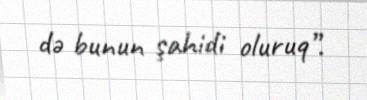
də bunun şahidi oluruq”.